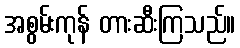
အစွမ်းကုန် တားဆီးကြသည်။